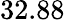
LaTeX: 32.88